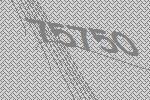
75750